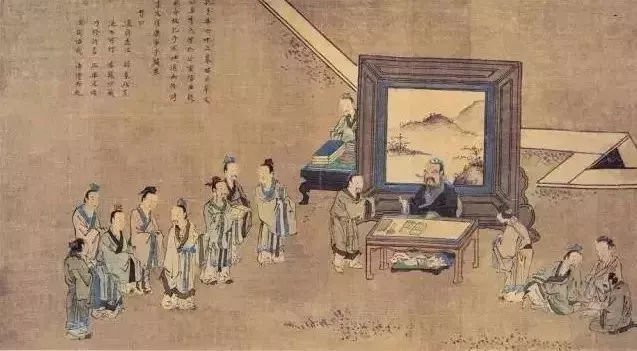
人而无信，不知其可也。大车无輗，小车无軏，其何以行之哉？